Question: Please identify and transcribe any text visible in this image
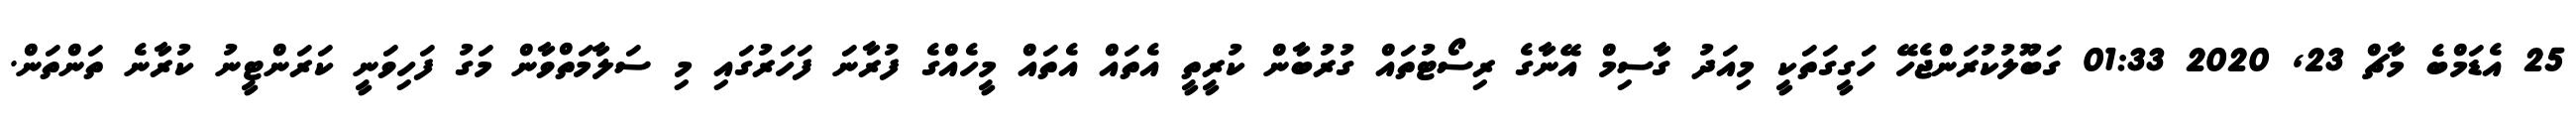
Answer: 25 އެޑަމްބެ މާޗް 23, 2020 01:33 ގަބޫލުކުރަންޖެހޭ ހަގީގަތަކީ މިއަދު ގާސިމް އޭނާގެ ރިސޯޓުތައް ގުރުބާން ކުރީތީ އެތައް އެތައް މީހެއްގެ ފުރާނަ ފަހަރުގައި މި ސަލާމަތްވާން މަގު ފަހިވަނީ ކަރަންޓީނު ކުރާނެ ތަންތަން.